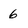
Character: 6